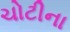
ચોટીના